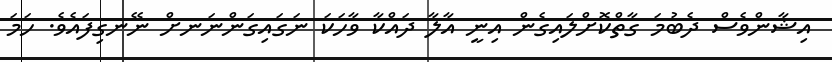
އިޝާންވެސް ދެބުމަ ގާތްކޮށްލައިގެން އިނީ އާލާ ދައްކާ ވާހަކަ ނަގައިގަންނަނށް ނޭނގިފައެވެ. ހަމަ